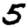
Digit: 5